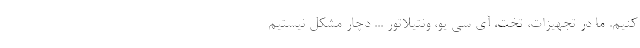
کنیم. ما در تجهیزات، تخت، آی سی یو، ونتیلاتور ... دچار مشکل نیستیم